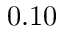
0 . 1 0